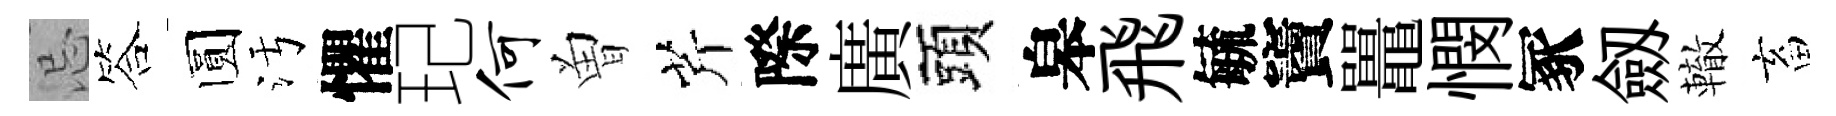
忌答圆污懼玘何曽芹際廣頭皋飛毓竇鼉憫冢劔轍畜